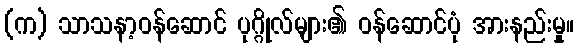
(က) သာသနာ့ဝန်ဆောင် ပုဂ္ဂိုလ်များ၏ ဝန်ဆောင်ပုံ အားနည်းမှု။